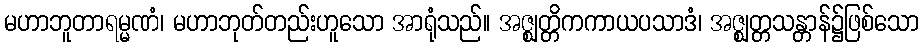
မဟာဘူတာရမ္မဏံ၊ မဟာဘုတ်တည်းဟူသော အာရုံသည်။ အဇ္ဈတ္တိကကာယပသာဒံ၊ အဇ္ဈတ္တသန္တာန်၌ဖြစ်သော